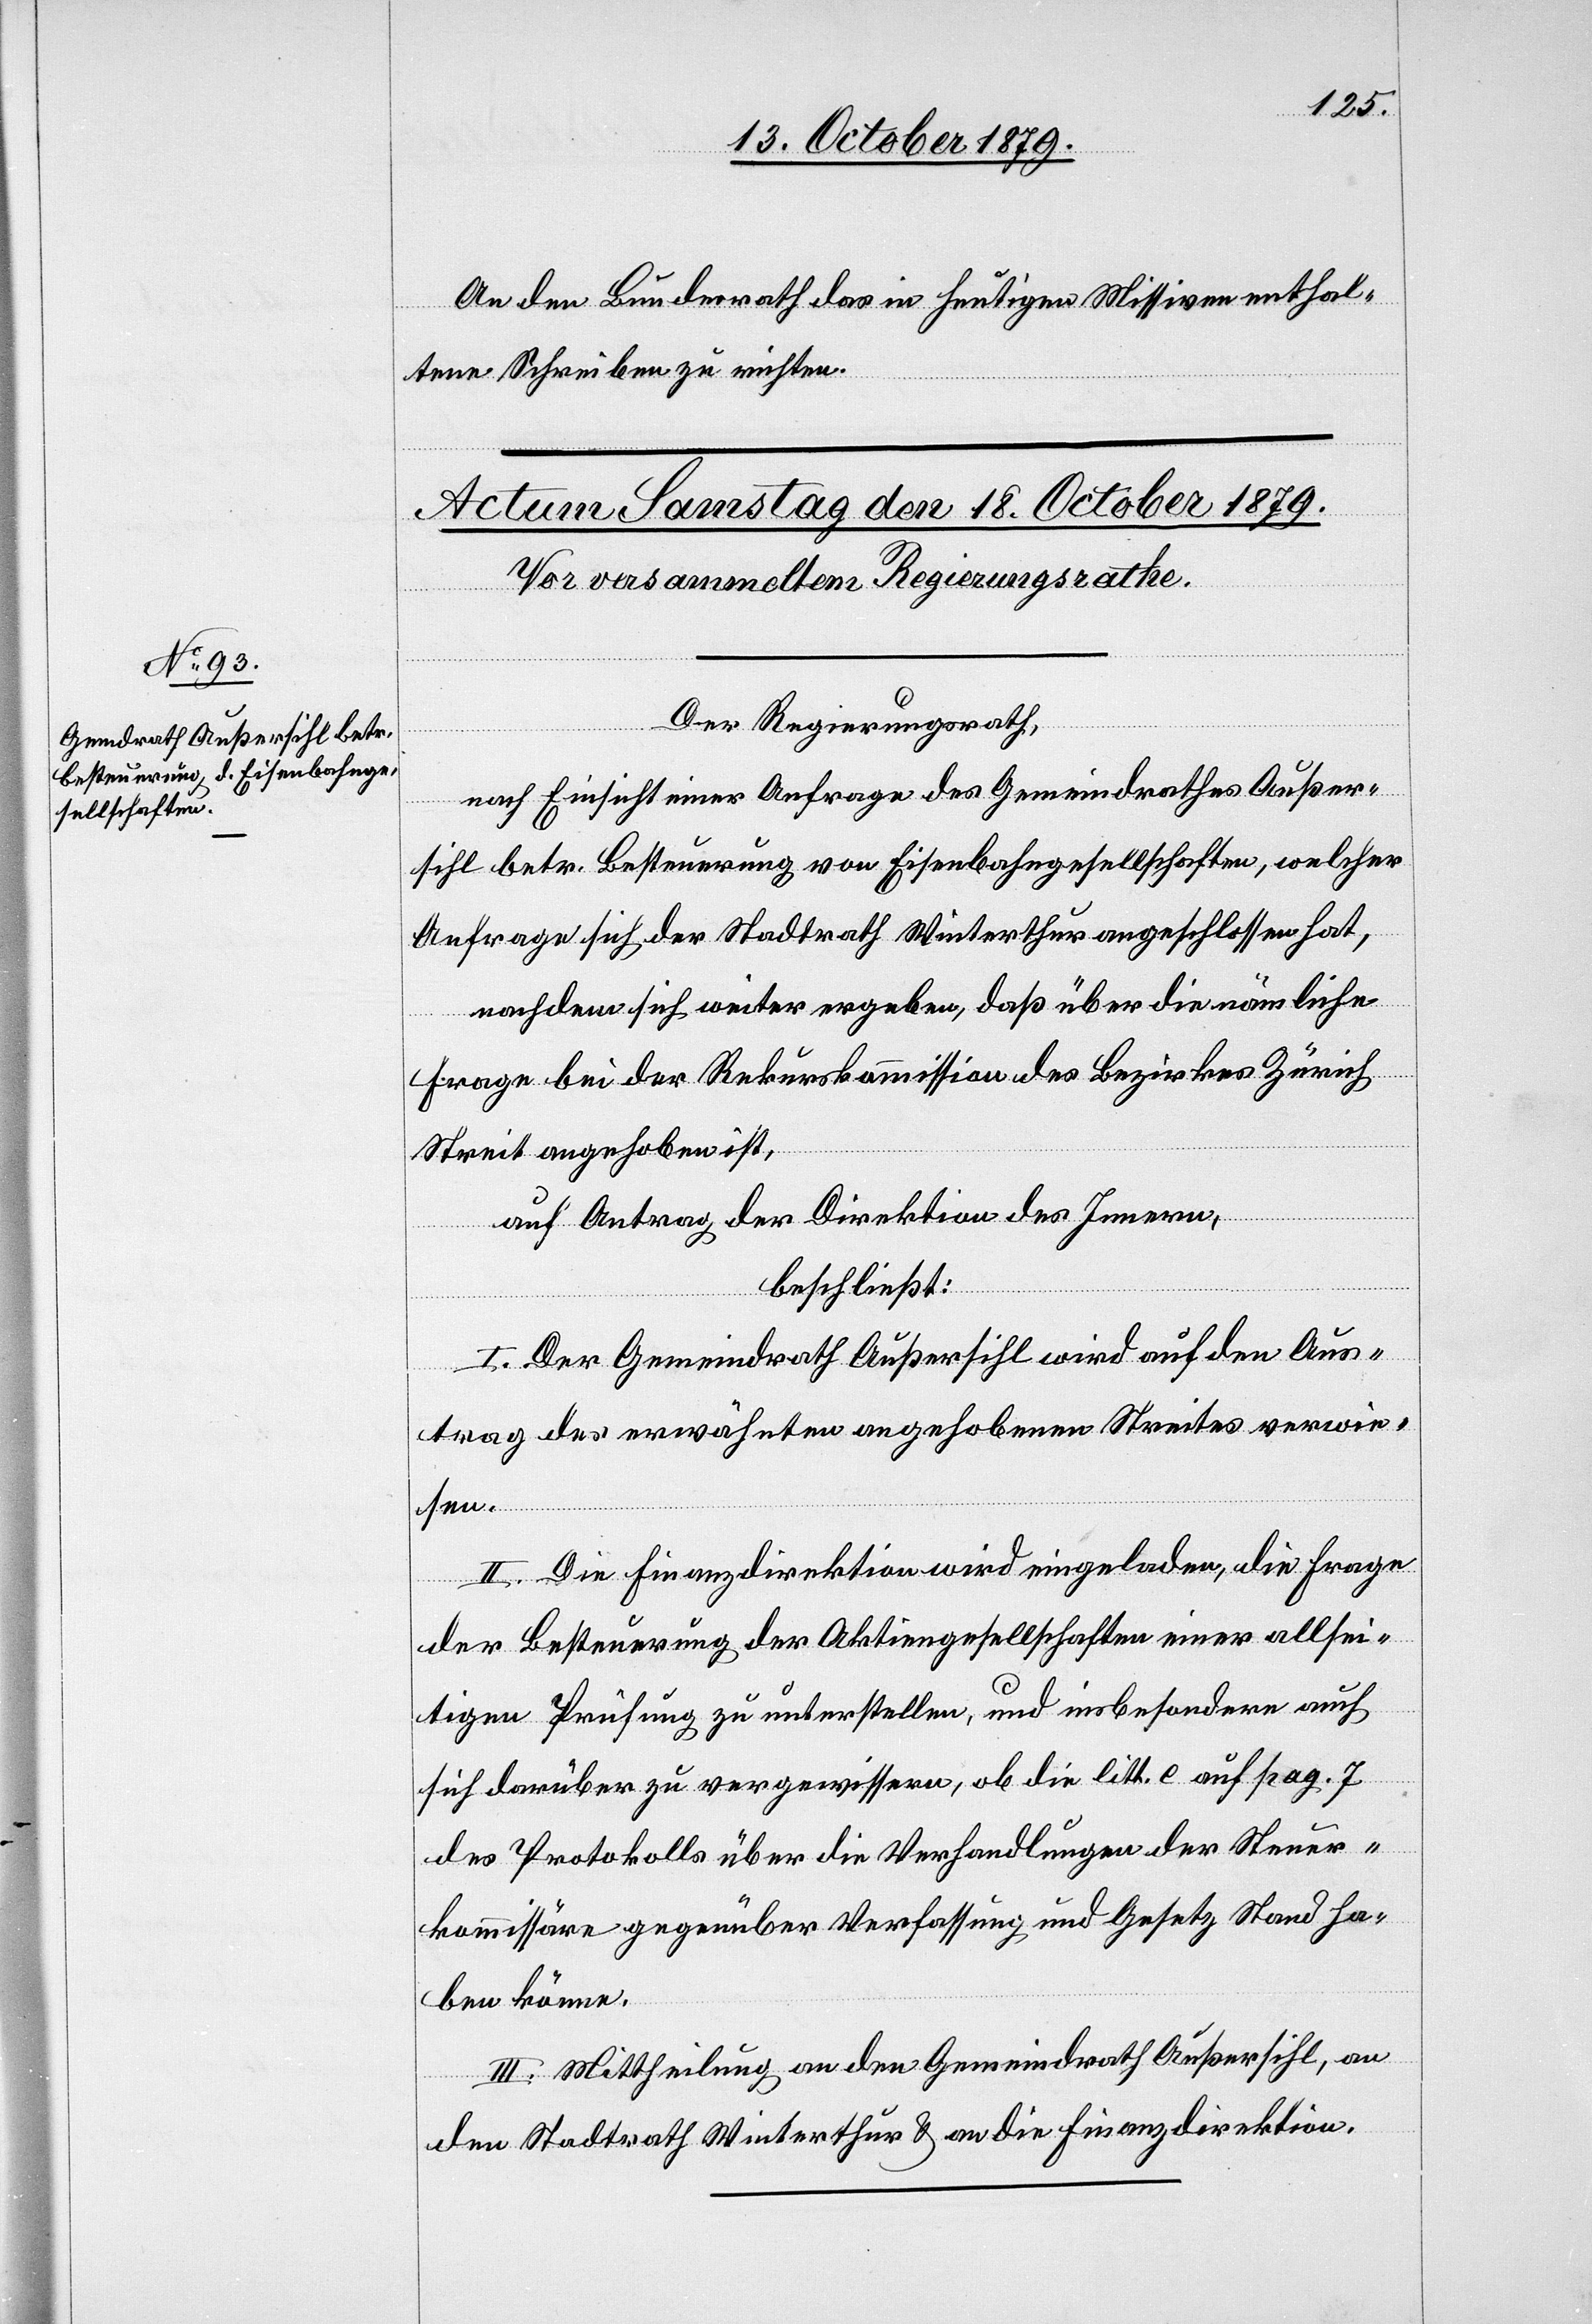
An den Bundesrath das in heutigen Missiven enthal¬
tene Schreiben zu richten.
Der Regierungsrath,
nach Einsicht einer Anfrage des Gemeindrathes Außer¬
sihl betr. Besteuerung von Eisenbahngesellschaften, welcher
Anfrage sich der Stadtrath Winterthur angeschlossen hat,
nachdem sich weiter ergeben, daß über die nämliche
Frage bei der Rekurskommission des Bezirkes Zürich
Streit angehoben ist,
auf Antrag der Direktion des Innern,
beschließt:
I. Der Gemeindrath Außersihl wird auf den Aus¬
trag des erwähnten angehobenen Streites verwie¬
sen.
II. Die Finanzdirektion wird eingeladen, die Frage
der Besteuerung der Aktiengesellschaften einer allsei¬
tigen Prüfung zu unterstellen, und insbesondere auch
sich darüber zu vergewissern, ob die litt. e. auf pag. J
des Protokolls über die Verhandlungen der Steuer¬
kommission gegenüber Verfassung und Gesetz Stand ha¬
ben könne.
III. Mittheilung an den Gemeindrath Außersihl, an
den Stadtrath Winterthur & an die Finanzdirektion.